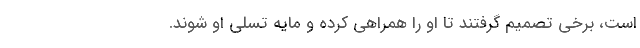
است، برخی تصمیم گرفتند تا او را همراهی کرده و مایه تسلی او شوند.